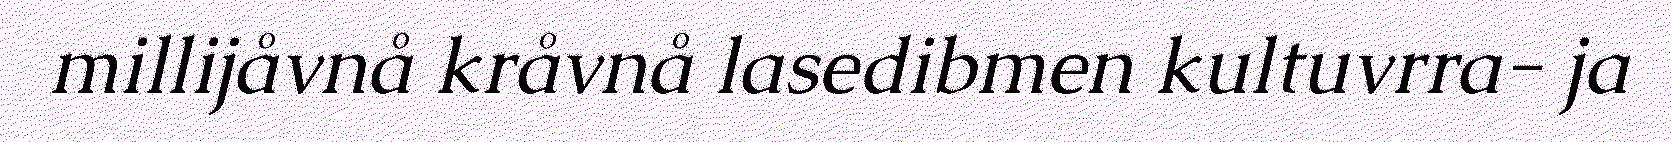
millijåvnå kråvnå lasedibmen kultuvrra- ja